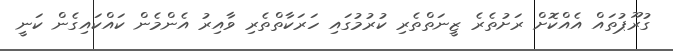
ގުރޫޕުތައް އެއްކޮށް ރަށުތެރެ ޒީނަތްތެރި ކުރުމުގައި ހަރަކާތްތެރި ވާއިރު އެންމެން ކައްކައިގެން ކަނީ